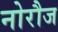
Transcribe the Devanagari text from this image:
नोरौज